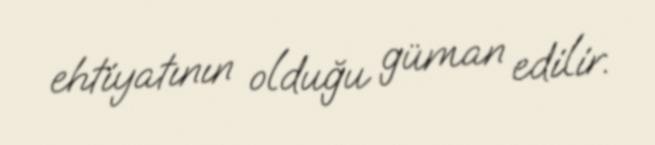
ehtiyatının olduğu güman edilir.